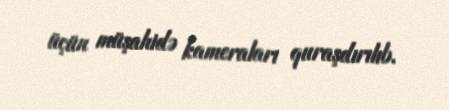
üçün müşahidə kameraları quraşdırılıb.